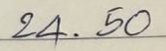
24 . 50